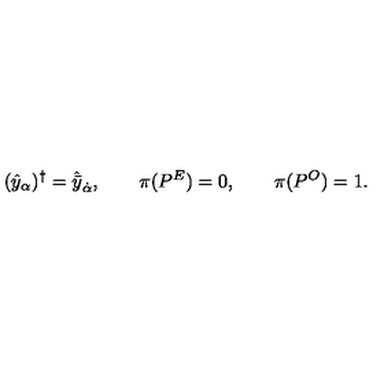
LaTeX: ( \hat { y } _ { \alpha } ) ^ { \dagger } = \hat { \bar { y } } _ { \dot { \alpha } } , \qquad \pi ( P ^ { E } ) = 0 , \qquad \pi ( P ^ { O } ) = 1 .